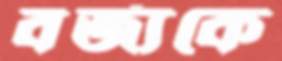
বর্জ্যকে